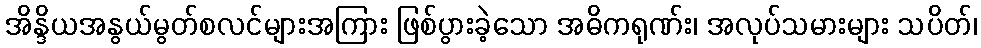
အိန္ဒိယအနွယ်မွတ်စလင်များအကြား ဖြစ်ပွားခဲ့သော အဓိကရုဏ်း၊ အလုပ်သမားများ သပိတ်၊